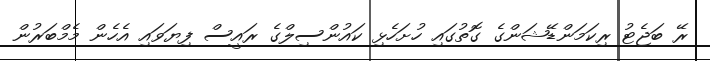
ރޭ ބަޖެޓު ރިކަމަންޑޭޝަންގެ ގޮތުގައި ހުށަހެޅި ކައުންސިލްގެ ރައީސް ފިޔަވައި އެހެން މެމްބަރުން